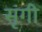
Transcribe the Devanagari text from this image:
सृंगी